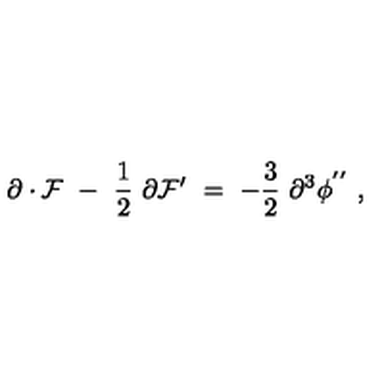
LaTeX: \partial \cdot { \cal F } \ - \ \frac { 1 } { 2 } \ \partial { \cal F } ^ { \prime } \ = \ - \frac { 3 } { 2 } \ \partial ^ { 3 } \phi ^ { ' ^ { \prime } } \ ,